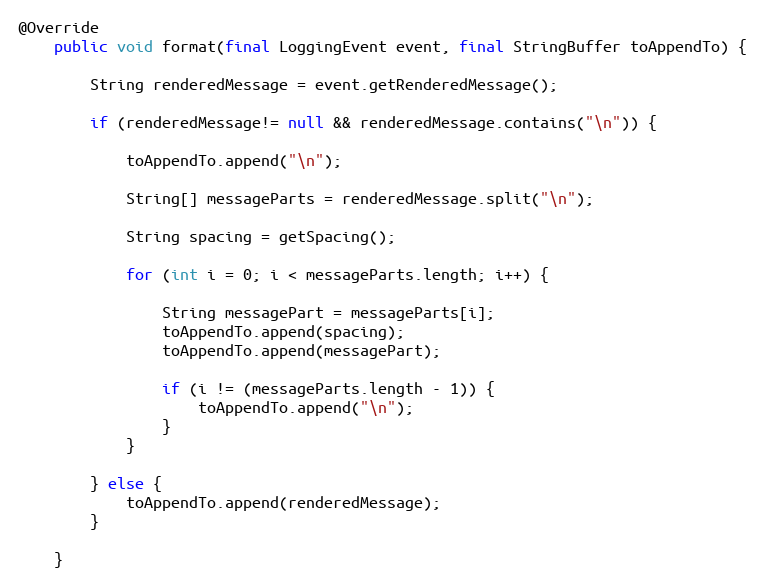
Language: Java
@Override
	public void format(final LoggingEvent event, final StringBuffer toAppendTo) {

		String renderedMessage = event.getRenderedMessage();

		if (renderedMessage!= null && renderedMessage.contains("\n")) {

			toAppendTo.append("\n");

			String[] messageParts = renderedMessage.split("\n");

			String spacing = getSpacing();

			for (int i = 0; i < messageParts.length; i++) {

				String messagePart = messageParts[i];
				toAppendTo.append(spacing);
				toAppendTo.append(messagePart);

				if (i != (messageParts.length - 1)) {
					toAppendTo.append("\n");
				}
			}

		} else {
			toAppendTo.append(renderedMessage);
		}

	}